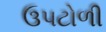
ઉપટોળી